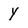
Character: Y